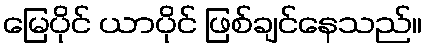
မြေပိုင် ယာပိုင် ဖြစ်ချင်နေသည်။